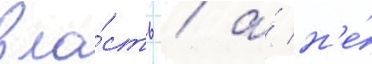
вла́сть / а́ н'е́